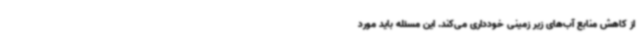
از کاهش منابع آب‌های زیر زمینی خودداری می‌کند. این مسئله باید مورد